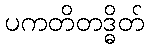
ပကတိတဒ္ဓိတ်